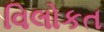
વિલોકત